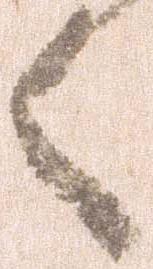
々